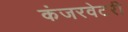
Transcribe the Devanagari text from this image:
कंजरवेटरी